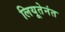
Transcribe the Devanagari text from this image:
लियूतेनंत